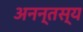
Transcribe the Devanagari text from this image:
अनन्तस्य